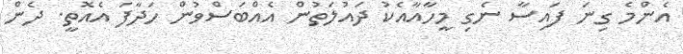
އެންމެ ގިނަ ފައިސާ ނެގި މީހާއާއެކު ދައުލަތުން އެއްބަސްވުން ހަދާފަ އެއޮތީ. ދެން